Calcutta medical institutions reports 1879-81 [i.e.91]
Year: 1879
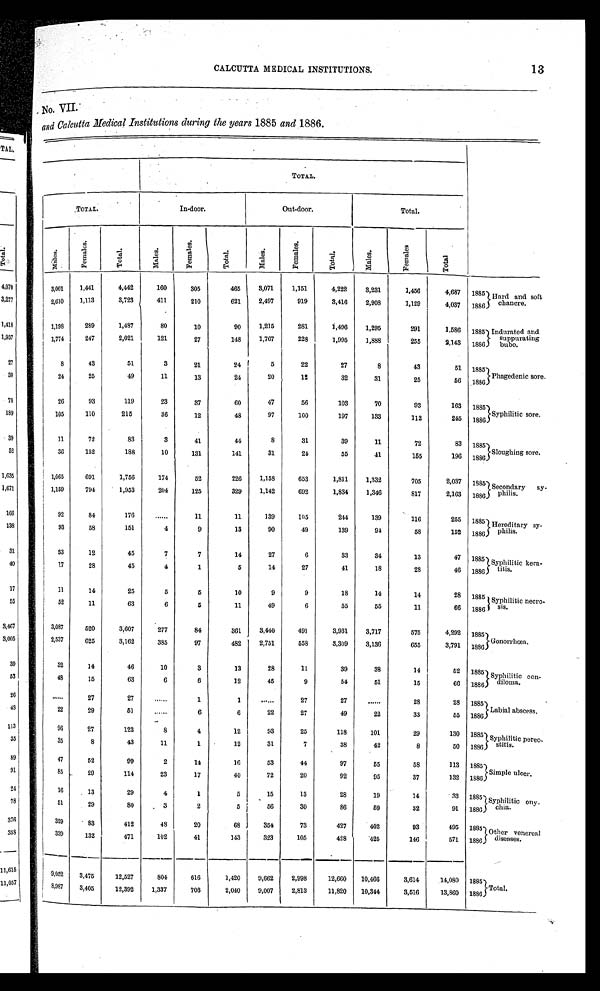
13
CALCUTTA MEDICAL INSTITUTIONS.
.
.
No. VII:
and Calcutta Medical Institutions during the years 1885 and 1886.
TOTAL.
TOTAL.
In-door.
Out-door.
Total.
M a l e s .
F e m a l e s .
T o t a l .
M a l e s .
F e m a l e s .
T o t a l .
M a l e s .
F e m a l e s .
T o t a l .
M a l e s .
F e m a l e s .
T o t a l .
3 , 0 0 1
1 , 4 4 1
4 , 4 4 2
1 6 0
3 0 5
4 6 5
3 , 0 7 1
1 , 1 5 1
4 , 2 2 2
3 , 2 3 1
1 , 4 5 6
4 , 6 8 7
1 8 8 5
H a r d a n d s o f t
chancre.
2 , 6 1 0
1 , 1 1 3
3 , 7 2 3
4 1 1
2 1 0
6 2 1
2 , 4 9 7
9 1 9
3 , 4 1 6
2 , 9 0 8
1 , 1 2 9
4 , 0 3 7
1 8 8 6
1 , 1 9 8
2 8 9
1 , 4 8 7
8 0
1 0
9 0
1 , 2 1 5
2 8 1
1 , 4 9 6
1 , 2 9 5
2 9 1
1 , 5 8 6
1 8 8 5
Indurated and
suppurating
bubo.
1 , 7 7 4
2 4 7
2 , 0 2 1
1 2 1
2 7
1 4 8
1 , 7 6 7
2 2 8
1 , 9 9 5
1 , 8 8 8
2 5 5
2 , 1 4 3
1 8 8 6
8
4 3
5 1
3
2 1
2 4
5
2 2
2 7
8
4 3
5 1
1 8 8 5
Phagedenic sore.
2 4
2 5
4 9
1 1
1 3
2 4
2 0
1 2
3 2
3 1
2 5
5 6
1 8 8 6
2 6
9 3
1 1 9
2 3
3 7
6 0
4 7
5 6
1 0 3
7 0
9 3
1 6 3
1 8 8 5
Syphilitic sore.
1 0 5
1 1 0
2 1 5
3 6
1 2
4 8
9 7
1 0 0
1 9 7
1 3 3
1 1 2
2 4 5
1 8 8 6
1 1
7 2
8 3
3
4 1
4 4
8
3 1
3 9
1 1
7 2
8 3
1 8 8 5
Sloughing sore.
3 6
1 5 2
1 8 8
1 0
1 3 1
1 4 1
3 1
2 4
5 5
4 1
1 5 5
1 9 6
1 8 8 6
1 , 6 6 5
6 9 1
1 , 7 5 6
1 7 4
5 2
2 2 6
1 , 1 5 8
6 5 3
1 , 8 1 1
1 , 3 3 2
7 0 5
2 , 0 3 7
1 8 8 5
Secondary sy
- philis.
1 , 1 5 9
7 9 4
1 , 9 5 3
2 0 4
1 2 5
3 2 9
1 , 1 4 2
6 9 2
1 , 8 3 4
1 , 3 4 6
8 1 7
2 , 1 6 3
1 8 8 6
9 2
8 4
1 7 6
. . .
1 1
1 1
1 3 9
1 0 5
2 4 4
1 3 9
1 1 6
2 5 5
1 8 8 5 Hereditary sy-
Philis.
9 3
5 8
1 5 1
4
9
1 3
9 0
4 9
1 3 9
9 4
5 8
1 5 2
1 8 8 6
3 3
1 2
4 5
7
7
1 4
2 7
6
3 3 3 4
1 3
4 7
1 8 8 5
Syphilitic kera-
titis.
1 7
2 8
4 5
4
1
5
1 4
2 7
4 1
1 8
2 8
4 6
1 8 8 6
1 1
1 4
2 5
5
5
1 0
9
9
1 8 1 4
1 4
2 8
1 8 8 5 Syphilitic necro -
sis.
5 2
1 1
6 3
6
5
1 1
4 9
6
5 5
5 5
1 1
6 6
1 8 8 6
3 , 0 8 7
5 2 0
3 , 6 0 7
2 7 7
8 4
3 6 1
3 , 4 4 0
4 9 1
3 , 9 3 1
3 , 7 1 7
5 7 5
4 , 2 9 2
1 8 8 5
Gonorrhœa.
2 , 5 3 7
6 2 5
3 , 1 6 2
3 8 5
9 7
4 8 2
2 , 7 5 1
5 5 8
3 , 3 0 9
3 , 1 3 6
6 5 5
3 , 7 9 1
1 8 8 6
3 2 1 4
4 6 1 0
3
1 3
2 8
1 1
3 9
3 8
1 4
5 2
1 8 8 5 Syphilitic con-
diloma.
4 8
1 5
6 3 6
6
1 2
4 5
9 5 4
5 1
1 5
6 6
1 8 8 6
. . .
2 7
2 7 . . .
1 1
. . .
2 7
2 7
. . .
2 8
2 8
1 8 8 5
Labial abscess.
2 2
2 9
5 1 . . .
6 6
2 2
2 7
4 9
2 2
3 3
5 5
1 8 8 6
9 6 2 7
1 2 3
8 4
1 2
9 3
2 5
1 1 8 1 0 1
2 9
1 3 0
1 8 8 5 Syphilitic pereo-
stitis.
3 5 8
4 3
1 1
1
1 2
3 1
7 3 8
4 2
8
5 0
1 8 8 6
4 7
5 2
9 9 2
1 4
1 6
5 3
4 4 9 7
5 5
5 8
1 1 3
1 8 8 5
Simple ulcer.
8 5
2 9
1 1 4 2 3
1 7
4 0
7 2
2 0 9 2
9 5
3 7
1 3 2
1 8 8 6
1 6
1 3
2 9 4
1
5
1 5
1 3 2 8
1 9
1 4
3 3
1 8 8 5 Syphilitic only-
chia.
5 1
2 9
8 0
3 2
5
5 6
3 0 8 6
5 9
3 2
9 1
1 8 8 6
3 2 9 8 3
4 1 2 4 8
2 0 6 8
3 5 4
7 3 4 2 7
4 0 2
9 3
4 9 5
1 8 8 5
Other venereal
diseases.
3 3 9
1 3 2
4 7 1
1 0 2
4 1
1 4 3
3 2 3
1 0 5
4 2 8
4 2 5
1 4 6
5 7 1
1 8 8 6
9 , 0 5 2
3 , 4 7 5
1 2 , 5 2 7
8 0 4
6 1 6
1 , 4 2 0
9 , 6 6 2
2 , 9 9 8
1 2 , 6 6 0
1 0 , 4 6 6
3 , 6 1 4
1 4 , 0 8 0
1 8 8 5
Total.
8 , 9 8 7
3 , 4 0 5
1 2 , 3 9 2
1 , 3 3 7
7 0 3
2 , 0 4 0
9 , 0 0 7
2 , 8 1 3
1 1 , 8 2 0
1 0 , 3 4 4
3 , 5 1 6
1 3 , 8 6 0
1 8 8 6